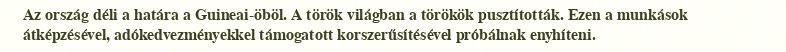
Az ország déli a határa a Guineai-öböl. A török világban a törökök pusztították. Ezen a munkások átképzésével, adókedvezményekkel támogatott korszerűsítésével próbálnak enyhíteni.